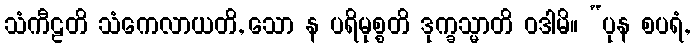
သံကီဠတိ သံကေလာယတိ, သော န ပရိမုစ္စတိ ဒုက္ခသ္မာတိ ဝဒါမိ။ “ပုန စပရံ,